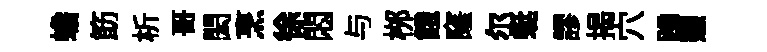
蟾筯析哥閎烹徐悶与桞餓窿尓蜓謬揭穴蹄憩